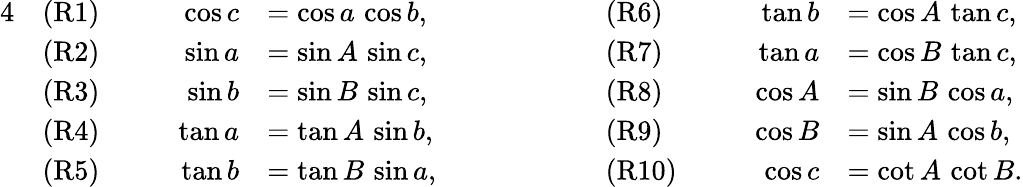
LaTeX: {\begin{array}{rlrlrlrl}{{4}}&{{\mathrm{(R1)}}}&{\qquad\cos c}&{=\cos a\, \cos b,}&{\qquad\qquad}&{{\mathrm{(R6)}}}&{\qquad\tan b}&{=\cos A\, \tan c,}\\ &{{\mathrm{(R2)}}}&{\sin a}&{=\sin A\, \sin c,}&&{{\mathrm{(R7)}}}&{\tan a}&{=\cos B\, \tan c,}\\ &{{\mathrm{(R3)}}}&{\sin b}&{=\sin B\, \sin c,}&&{{\mathrm{(R8)}}}&{\cos A}&{=\sin B\, \cos a,}\\ &{{\mathrm{(R4)}}}&{\tan a}&{=\tan A\, \sin b,}&&{{\mathrm{(R9)}}}&{\cos B}&{=\sin A\, \cos b,}\\ &{{\mathrm{(R5)}}}&{\tan b}&{=\tan B\, \sin a,}&&{{\mathrm{(R10)}}}&{\cos c}&{=\cot A\, \cot B.}\end{array}}